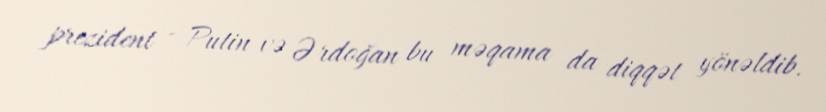
prezident - Putin və Ərdoğan bu məqama da diqqət yönəldib.